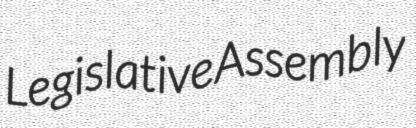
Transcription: Legislative Assembly